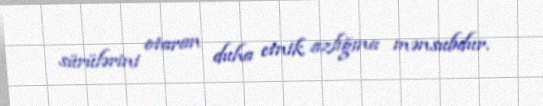
sürülərini otaran duha etnik azlığına mənsubdur.